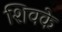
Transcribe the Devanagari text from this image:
शिवके